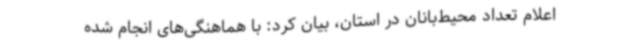
اعلام تعداد محیط‌بانان در استان، بیان کرد: با هماهنگی‌های انجام شده